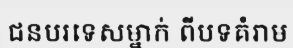
ជនបរទេសម្នាក់ ពីបទគំរាម